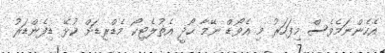
އެހެންނަމެވެސް މިފަހަރު މި އެވޯޑް ނޭމާ ހޯދީ އެތުލެޓިކޯ މެޑްރިޑަށް ކުޅޭ ޑިފެންޑަރު